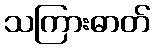
သကြားဓာတ်